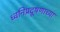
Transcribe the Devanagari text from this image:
ध्वनिप्रदूषणाच्या